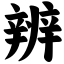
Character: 辨